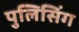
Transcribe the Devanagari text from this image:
पुलिसिंग